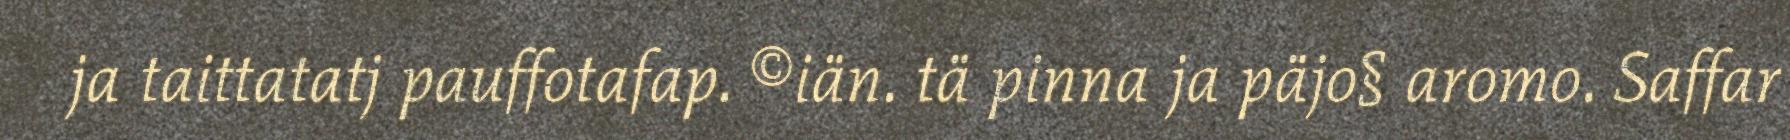
ja taittatatj pauffotafap. ©iän. tä pinna ja päjo§ aromo. Saffar